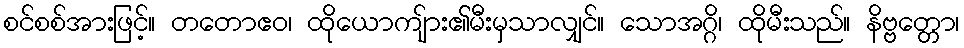
စင်စစ်အားဖြင့်။ တတောဧဝ၊ ထိုယောကျ်ား၏မီးမှသာလျှင်။ သောအဂ္ဂိ၊ ထိုမီးသည်။ နိဗ္ဗတ္တော၊